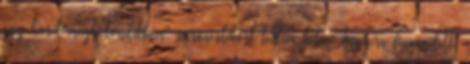
egy kicsit megbolondítsam, narancslikőrt tettem bele. Annyira finom lett,